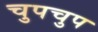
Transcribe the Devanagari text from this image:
चुपचुप